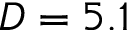
D = 5 . 1